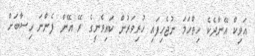
އަވިކް އޭނާދެކެ ހިތްހަމަ ނުޖެހިފައި ހުރިވަރުން ކައިވެނީގެ ރޭ އޭނާ ފެންނަ ހިސާބަށް